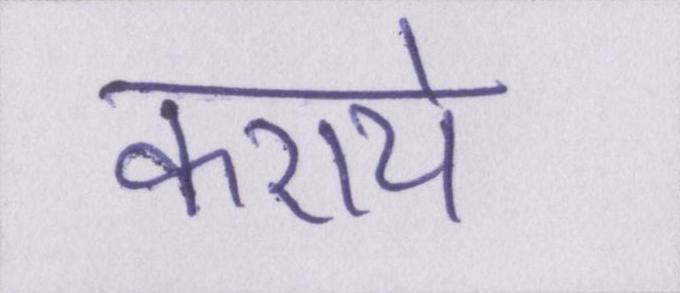
कराये